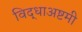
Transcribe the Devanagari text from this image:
विद्धाअष्टमी